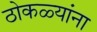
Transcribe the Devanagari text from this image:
ठोकळ्यांना